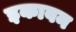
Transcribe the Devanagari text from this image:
इकावन